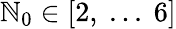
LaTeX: \mathbb{N}_{0}\in[2,\ ...\ 6]